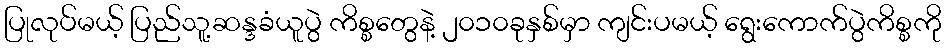
ပြုလုပ်မယ့် ပြည်သူ့ဆန္ဒခံယူပွဲ ကိစ္စတွေနဲ့ ၂၀၁၀ခုနှစ်မှာ ကျင်းပမယ့် ရွေးကောက်ပွဲကိစ္စကို